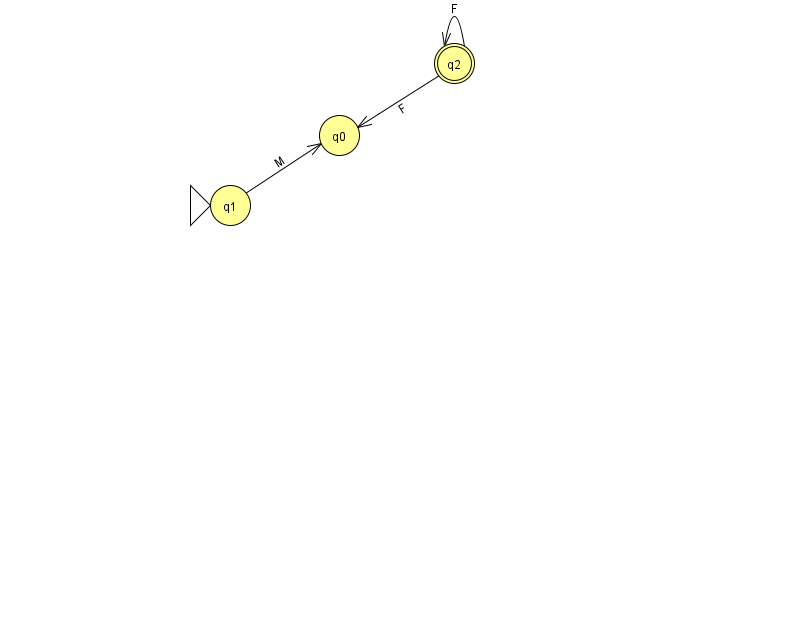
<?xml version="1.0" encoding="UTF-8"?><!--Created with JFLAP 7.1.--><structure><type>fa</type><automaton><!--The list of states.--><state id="0" name="q0"><x>339.0</x><y>122.0</y></state><state id="1" name="q1"><x>230.0</x><y>192.0</y><initial/></state><state id="2" name="q2"><x>454.0</x><y>50.0</y><final/></state><!--The list of transitions.--><transition><from>2</from><to>2</to><read>F</read></transition><transition><from>2</from><to>0</to><read>F</read></transition><transition><from>1</from><to>0</to><read>M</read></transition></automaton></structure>